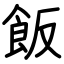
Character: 飯